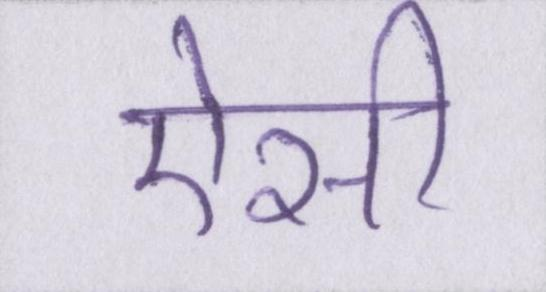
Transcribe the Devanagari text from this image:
ऐसी